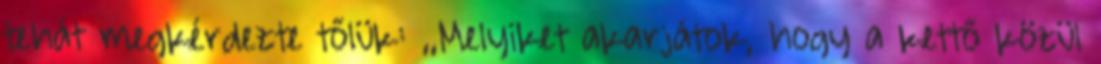
tehát megkérdezte tőlük: ,,Melyiket akarjátok, hogy a kettő közül